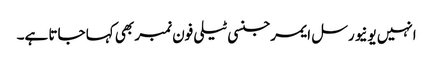
انہیں یونیورسل ایمرجنسی ٹیلی فون نمبر بھی کہا جاتا ہے۔